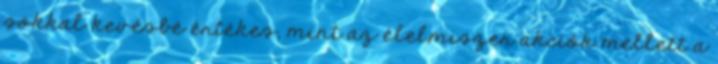
sokkal kevésbé értékes, mint az élelmiszer akciók mellett a